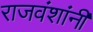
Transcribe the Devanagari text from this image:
राजवंशांनी